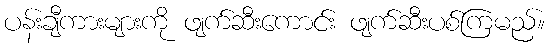
ပန်းချီကားများကို ဖျက်ဆီးကောင်း ဖျက်ဆီးပစ်ကြမည်။